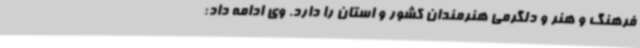
فرهنگ و هنر و دلگرمی هنرمندان کشور و استان را دارد. وی ادامه داد: